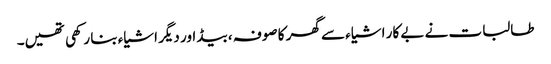
طالبات نے بے کار اشیاء سے گھر کا صوفہ ، بیڈ اور دیگر اشیاء بنا رکھی تھیں۔